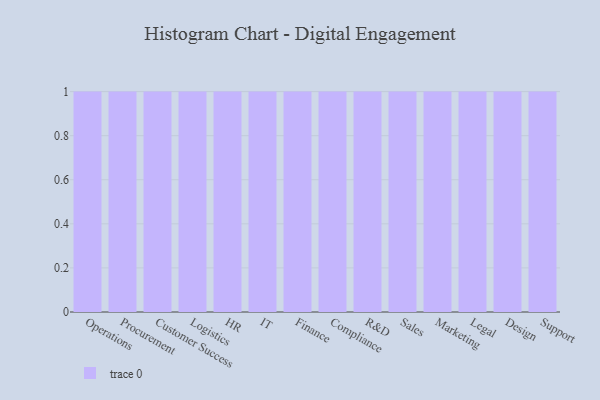
{"axis": {"x": "Department", "y": "Tickets Resolved"}, "legend": [""], "data": [{"x": "Operations", "y": 62, "type": ""}, {"x": "Procurement", "y": 66, "type": ""}, {"x": "Customer Success", "y": 14, "type": ""}, {"x": "Logistics", "y": 37, "type": ""}, {"x": "HR", "y": 62, "type": ""}, {"x": "IT", "y": 89, "type": ""}, {"x": "Finance", "y": 49, "type": ""}, {"x": "Compliance", "y": 62, "type": ""}, {"x": "R&D", "y": 18, "type": ""}, {"x": "Sales", "y": 77, "type": ""}, {"x": "Marketing", "y": 18, "type": ""}, {"x": "Legal", "y": 86, "type": ""}, {"x": "Design", "y": 74, "type": ""}, {"x": "Support", "y": 36, "type": ""}]}